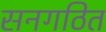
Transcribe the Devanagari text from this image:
सनगठित